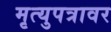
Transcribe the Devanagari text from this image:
मृत्युपत्रावर